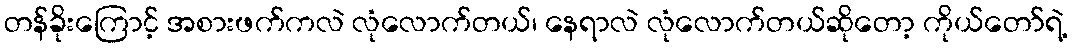
တန်ခိုးကြောင့် အစားဖက်ကလဲ လုံလောက်တယ်၊ နေရာလဲ လုံလောက်တယ်ဆိုတော့ ကိုယ်တော်ရဲ့